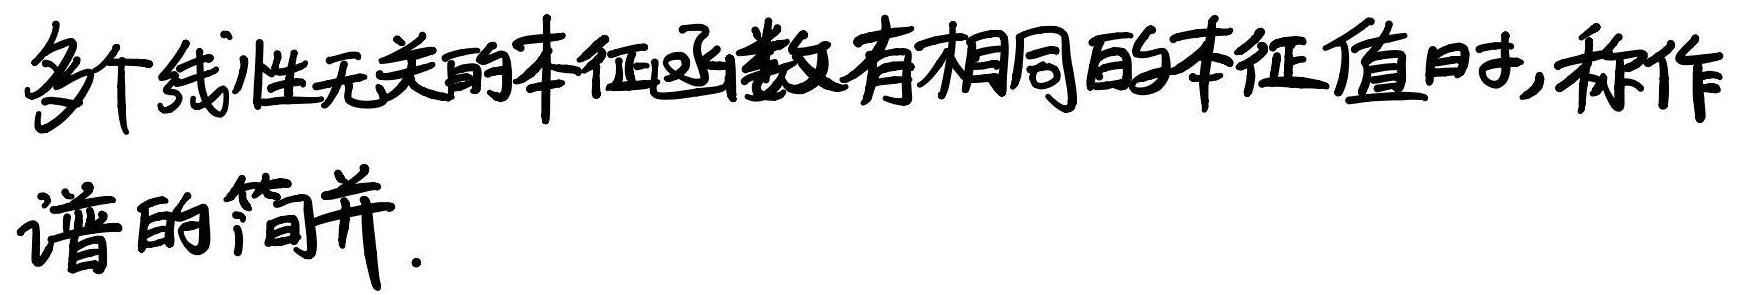
多个线性无关的本征函数有相同的本征值时,称作谱的简并.